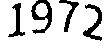
1972